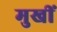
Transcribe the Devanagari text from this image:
मुखीं